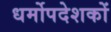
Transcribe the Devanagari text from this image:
धर्मोपदेशकों